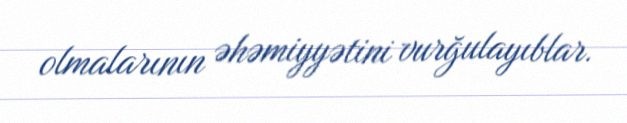
olmalarının əhəmiyyətini vurğulayıblar.